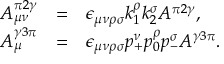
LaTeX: \begin{array} { r c l } { { \displaystyle { \cal A } _ { \mu \nu } ^ { \pi 2 \gamma } } } & { { = } } & { { \epsilon _ { \mu \nu \rho \sigma } k _ { 1 } ^ { \rho } k _ { 2 } ^ { \sigma } A ^ { \pi 2 \gamma } , } } \\ { { \displaystyle { \cal A } _ { \mu } ^ { \gamma 3 \pi } } } & { { = } } & { { \epsilon _ { \mu \nu \rho \sigma } p _ { + } ^ { \nu } p _ { 0 } ^ { \rho } p _ { - } ^ { \sigma } A ^ { \gamma 3 \pi } . } } \end{array}